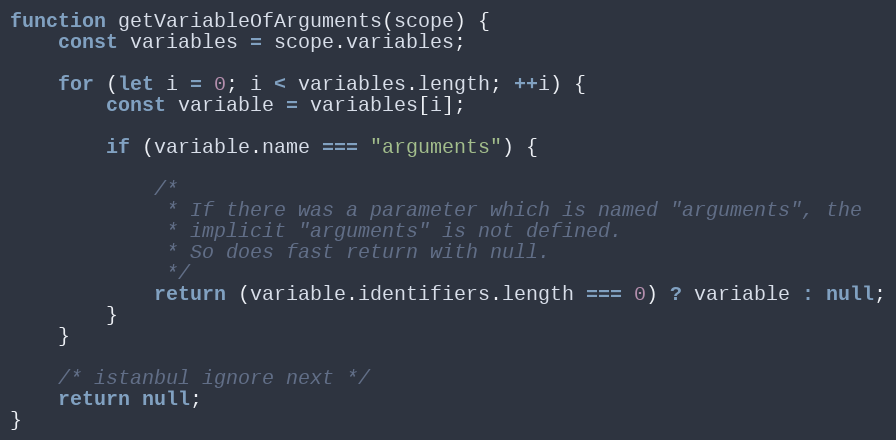
Language: JavaScript
function getVariableOfArguments(scope) {
    const variables = scope.variables;

    for (let i = 0; i < variables.length; ++i) {
        const variable = variables[i];

        if (variable.name === "arguments") {

            /*
             * If there was a parameter which is named "arguments", the
             * implicit "arguments" is not defined.
             * So does fast return with null.
             */
            return (variable.identifiers.length === 0) ? variable : null;
        }
    }

    /* istanbul ignore next */
    return null;
}